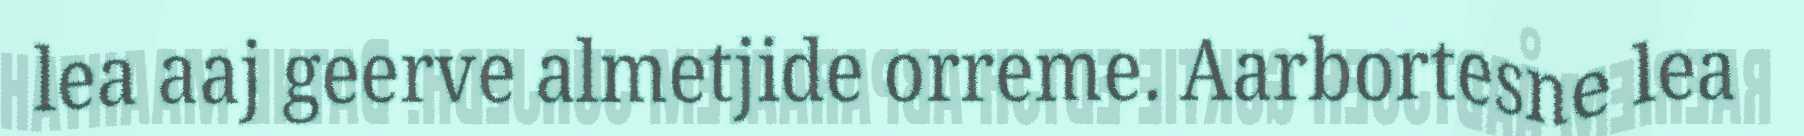
lea aaj geerve almetjide orreme. Aarbortesne lea